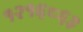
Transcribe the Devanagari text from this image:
१२१६८६३